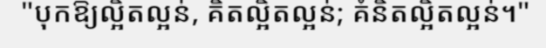
"បុកឱ្យល្អិតល្អន់, គិតល្អិតល្អន់; គំនិតល្អិតល្អន់។"